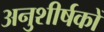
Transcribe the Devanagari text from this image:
अनुशीर्षकों